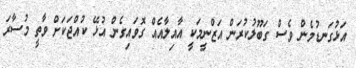
އަޅުގަނޑުމެން ވެސް ގަބޫލުކުރަން އަޒްނީމަކީ އާއިލާއެއް ގޮވައިގެން އުޅޭ ކުއްޖަކަށް ވާތީ މުސާރަ